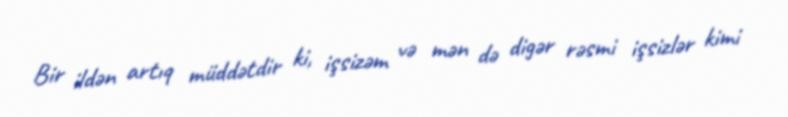
Bir ildən artıq müddətdir ki, işsizəm və mən də digər rəsmi işsizlər kimi